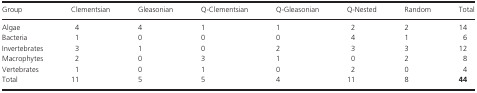
| Group | Clementsian | Gleasonian | Q-Clementsian | Q-Gleasonian | Q-Nested | Random | Total |
 | --- | --- | --- | --- | --- | --- | --- | --- |
 | Algae | 4 | 4 | 1 | 1 | 2 | 2 | 14 |
 | Bacteria | 1 | 0 | 0 | 0 | 4 | 1 | 6 |
 | Invertebrates | 3 | 1 | 0 | 2 | 3 | 3 | 12 |
 | Macrophytes | 2 | 0 | 3 | 1 | 0 | 2 | 8 |
 | Vertebrates | 1 | 0 | 1 | 0 | 2 | 0 | 4 |
 | Total | 11 | 5 | 5 | 4 | 11 | 8 | 44 |